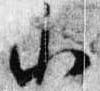
小